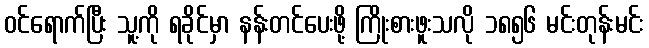
ဝင်ရောက်ပြီး သူ့ကို ရခိုင်မှာ နန်းတင်ပေးဖို့ ကြိုးစားဖူးသလို ၁၈၅၆ မင်းတုန်းမင်း